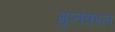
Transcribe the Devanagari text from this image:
गुप्‍तकाल